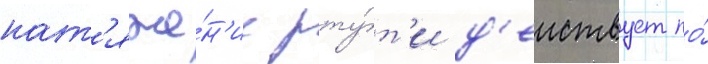
нат'яже́н'ие рту́т'и д'еиствует по́